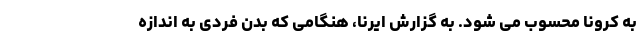
به کرونا محسوب می شود. به گزارش ایرنا، هنگامی که بدن فردی به‌ اندازه